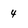
Character: 4